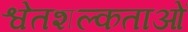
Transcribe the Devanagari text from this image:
श्वेतशल्कताओं